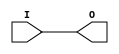
// $Header: /devl/xcs/repo/env/Databases/CAEInterfaces/verunilibs/data/uni9000/BUFGTS.v,v 1.4 2007/05/23 20:04:50 patrickp Exp $
///////////////////////////////////////////////////////////////////////////////
// Copyright (c) 1995/2004 Xilinx, Inc.
// All Right Reserved.
///////////////////////////////////////////////////////////////////////////////
//   ____  ____
//  /   /\/   /
// /___/  \  /    Vendor : Xilinx
// \   \   \/     Version : 7.1i (H.19)
//  \   \         Description : Xilinx Functional Simulation Library Component
//  /   /                  Global 3-State Input Buffer
// /___/   /\     Filename : BUFGTS.v
// \   \  /  \    Timestamp : Thu Mar 25 16:41:37 PST 2004
//  \___\/\___\
//
// Revision:
//    03/23/04 - Initial version.
//    05/23/07 - Changed timescale to 1 ps / 1 ps.

`timescale  1 ps / 1 ps

`celldefine

module BUFGTS (O, I);


    output O;

    input  I;

	buf B1 (O, I);

    specify
	(I *> O) = (0, 0);
    endspecify

endmodule

`endcelldefine